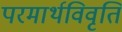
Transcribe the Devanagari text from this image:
परमार्थविवृति